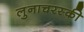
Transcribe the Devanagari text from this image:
लुनाचरस्की